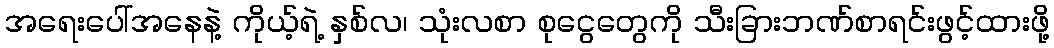
အရေးပေါ်အနေနဲ့ ကိုယ့်ရဲ့ နှစ်လ၊ သုံးလစာ စုငွေတွေကို သီးခြားဘဏ်စာရင်းဖွင့်ထားဖို့